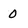
Character: 0